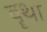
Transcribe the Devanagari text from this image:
वॄथा